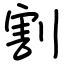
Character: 割